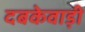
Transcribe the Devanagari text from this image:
दबकेवाड़ी